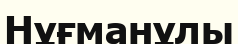
Нұғманұлы